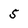
Character: 5